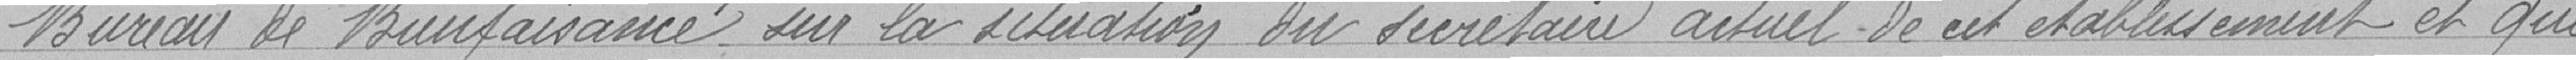
Bureau de Bienfaisance sur la déclaration du secrétaire actuel de cet établissement et qui